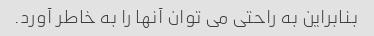
بنابراین به راحتی می توان آنها را به خاطر آورد.